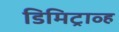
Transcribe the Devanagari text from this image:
डिमिट्राव्ह